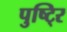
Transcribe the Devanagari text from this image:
पुष्टि्र